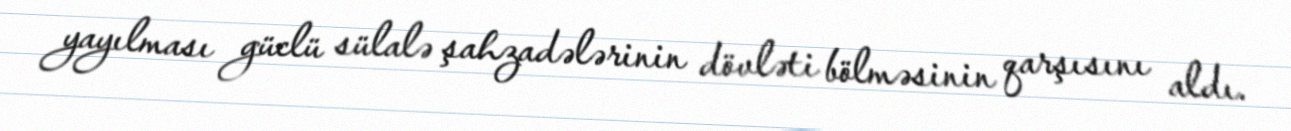
yayılması güclü sülalə şahzadələrinin dövləti bölməsinin qarşısını aldı.